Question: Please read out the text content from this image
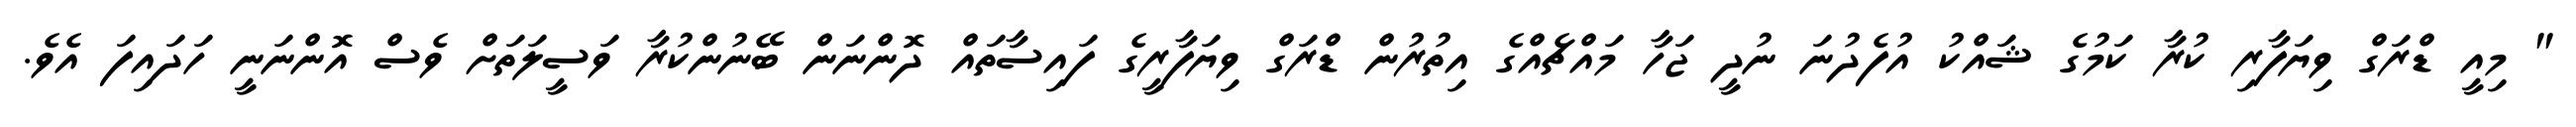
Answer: " މިއީ ޑްރަގް ވިޔަފާރި ކުރާ ކަމުގެ ޝައްކު އުފެދުނަ ނުދީ ޖަހާ މައްޗެއްގެ އިތުރުން ޑްރަގް ވިޔަފާރީގެ ފައިސާތައް ދޮންނަން ބޭނުންކުރާ ވަސީލަތަށް ވެސް އޮންނަނީ ހަދައިފަ އެވެ.